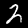
Digit: 2